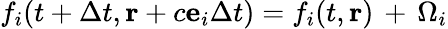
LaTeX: f_{i}(t+\Delta t,\mathbf{r}+c{\mathbf e}_{i}\Delta t)=f_{i}(t,\mathbf{r})\, +\, \Omega_{i}